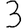
Digit: 3